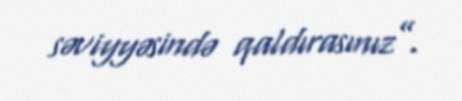
səviyyəsində qaldırasınız”.